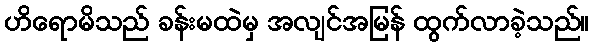
ဟိရောမိသည် ခန်းမထဲမှ အလျင်အမြန် ထွက်လာခဲ့သည်။